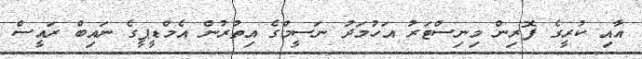
އާއި ކުރީގެ ފޮރިން މިނިސްޓަރު އަހުމަދު ނަސީމްގެ އިތުރުން އެމްޑީޕީގެ ނައިބް ރައީސް